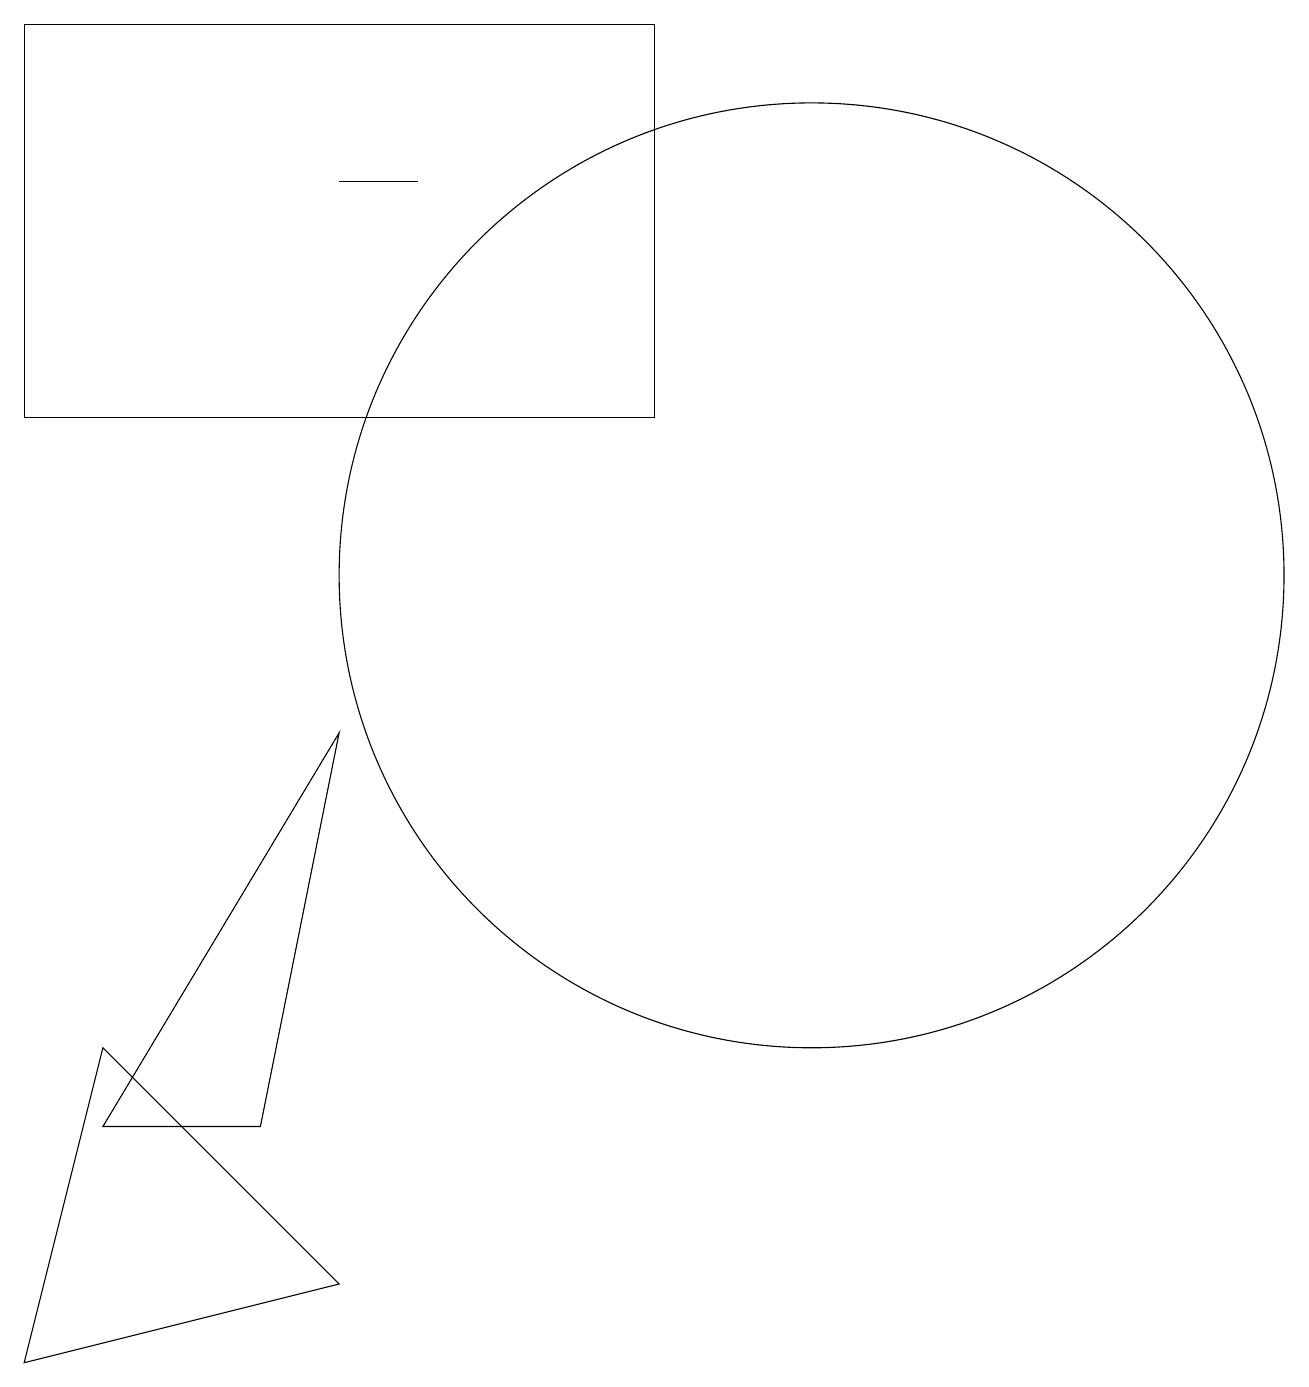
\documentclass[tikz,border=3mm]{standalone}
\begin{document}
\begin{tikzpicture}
\draw (10,10) circle (0);
\draw (5,16) rectangle (4,16);
\draw (0,1) -- (1,5) -- (4,2) -- cycle;
\draw (8,18) rectangle (0,13);
\draw (10,11) circle (6);
\draw (4,9) -- (3,4) -- (1,4) -- cycle;
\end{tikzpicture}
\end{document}